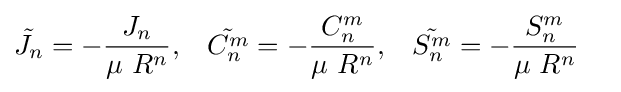
{\begin{aligned}{\tilde {J_{n}}}&=-{\frac {J_{n}}{\mu \ R^{n}}},&{\tilde {C_{n}^{m}}}&=-{\frac {C_{n}^{m}}{\mu \ R^{n}}},&{\tilde {S_{n}^{m}}}&=-{\frac {S_{n}^{m}}{\mu \ R^{n}}}\end{aligned}}